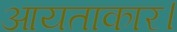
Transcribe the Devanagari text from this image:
आयताकार।